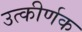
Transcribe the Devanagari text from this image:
उत्कीर्णक